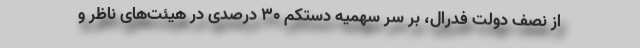
از نصف دولت فدرال، بر سر سهمیه دستکم ۳۰ درصدی در هیئت‌های ناظر و